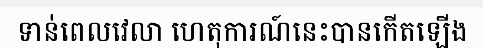
ទាន់ពេលវេលា ហេតុការណ៍នេះបានកើតឡើង